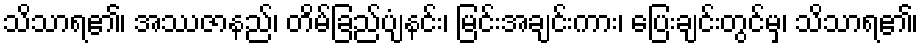
သိသာရ၏၊ အဿဇာနည်၊ တိမ်ခြည်ပျံနင်း၊ မြင်းအချင်းကား၊ ပြေးချင်းတွင်မှ၊ သိသာရ၏၊